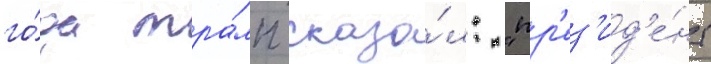
го́да тра́мп сказа́л: "пр'ез'ид'е́нт